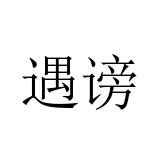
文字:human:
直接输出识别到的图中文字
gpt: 遇谤